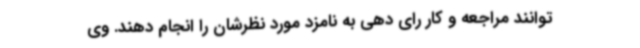
توانند مراجعه و کار رای دهی به نامزد مورد نظرشان را انجام دهند. وی